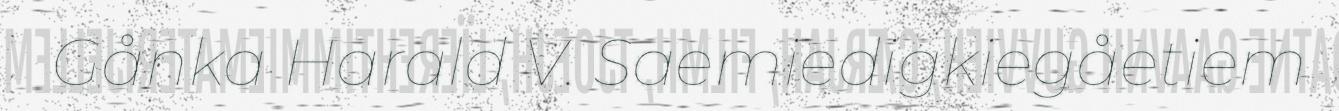
Gånka Harald V. Saemiedigkiegåetiem